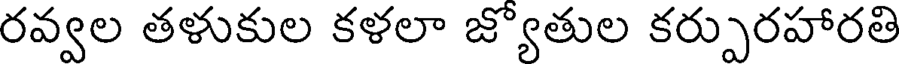
రవ్వల తళుకుల కళలా జ్యోతుల కర్పురహారతి